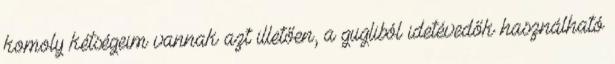
komoly kétségeim vannak azt illetően, a gugliból idetévedők használható